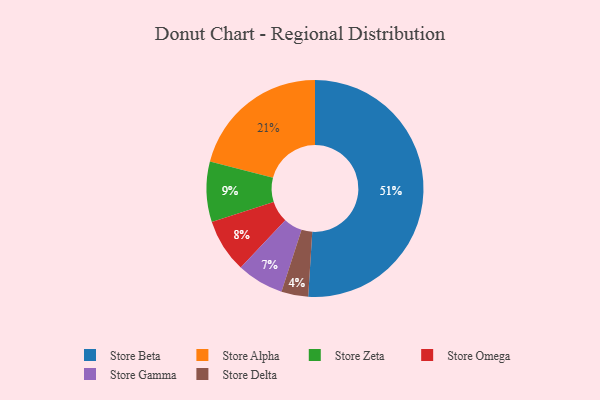
{"axis": {"x": "Category", "y": "Percentage"}, "legend": ["Store Alpha", "Store Beta", "Store Delta", "Store Gamma", "Store Omega", "Store Zeta"], "data": [{"x": "Store Beta", "y": 51, "type": "Store Beta"}, {"x": "Store Omega", "y": 8, "type": "Store Omega"}, {"x": "Store Alpha", "y": 21, "type": "Store Alpha"}, {"x": "Store Delta", "y": 4, "type": "Store Delta"}, {"x": "Store Gamma", "y": 7, "type": "Store Gamma"}, {"x": "Store Zeta", "y": 9, "type": "Store Zeta"}]}